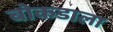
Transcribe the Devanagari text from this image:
बोकडाला